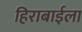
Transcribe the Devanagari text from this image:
हिराबाईला